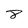
Character: 8